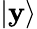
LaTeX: |\mathbf{y}\rangle